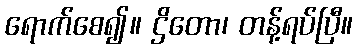
ရောက်စေ၍။ ဌိတော၊ တန့်ရပ်ပြီ။